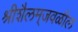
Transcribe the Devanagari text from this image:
श्रीशैलम्‌जवळील